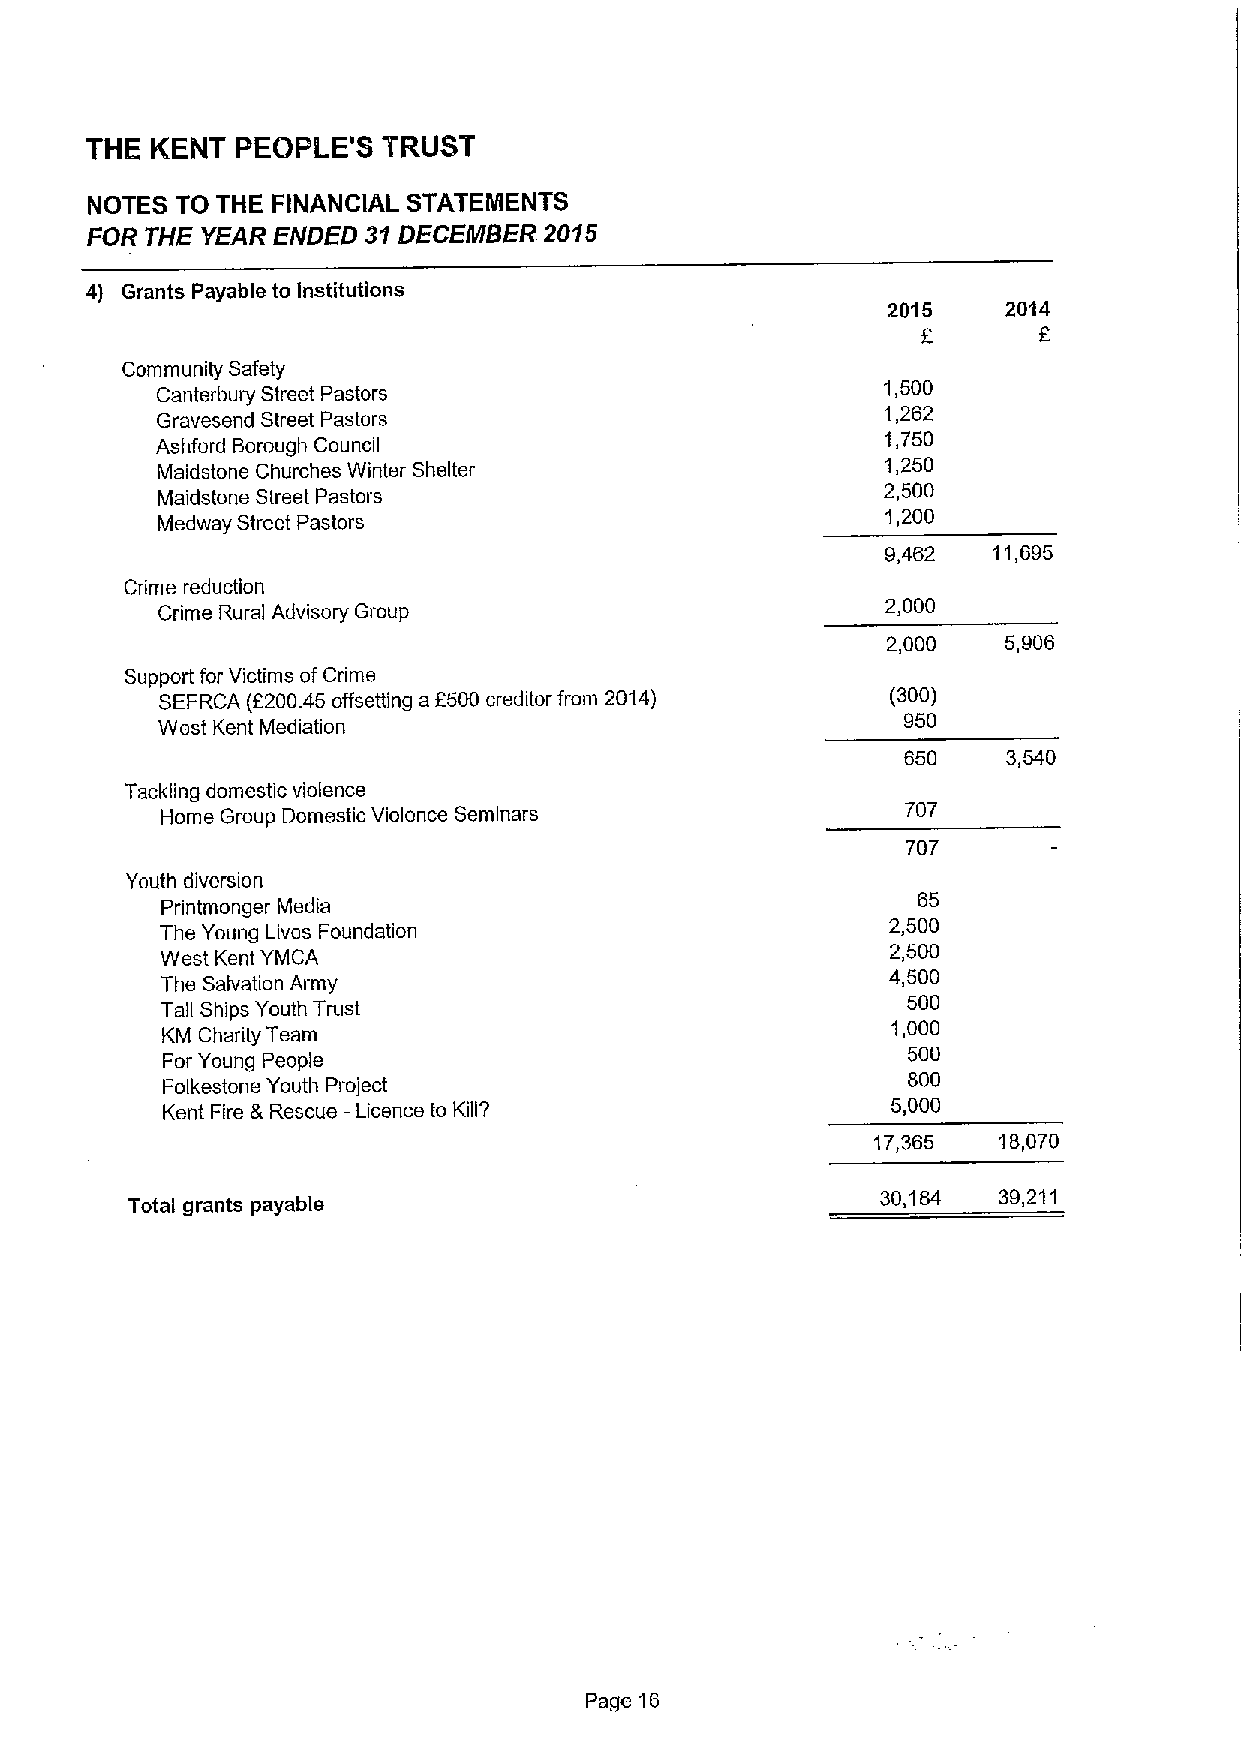
THE KENT  PEOPLE'S TRUST
 NOTES TO THE FINANCIAL STATEMENTS
 FOR THE YEAR ENDED 31DECEMBER.2015
 4) Grants Payable to Institutions
 2015    2014
 F
 Community Safety
 Canterbury Street Pastors
 1,500
 Gravesend Street Pastors                         1,262
 1,750
 Ashford Borough Council
 Maidstone Churches Winter Shelter
 1,250
 Maidstone Street Pastors
 2,500
 Medway Street Pastors                            1,200
 9,462  11,695
 Crime reduction
 Crime Rural Advisory Group
 2,000
 2,000   5,906
 Support for Victims ofCrime
 SEFRCA (f200.45 offsetting a f500 creditor from 2014) (300)
 950
 West Kent Mediation
 650    3,540
 Tackling domestic violence
 Home Group Domestic Violence Seminars            707
 707
 Youth diversion
 65
 Printmonger Media
 The Young Lives Foundation
 2,500
 West Kent YMCA
 2,500
 The Salvation Army
 4,500
 500
 Tall Ships Youth Trust
 KM Charity Team
 1,000
 500
 For Young People
 800
 Folkestone Youth Project
 Kent Fire &Rescue —Licence to Killg             5,000
 17,365  18,070
 30,184  39,211
 Total grants payable
 Page 16